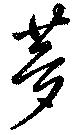
夢